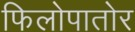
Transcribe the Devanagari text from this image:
फिलोपातोर